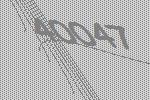
40047